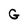
Character: G